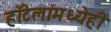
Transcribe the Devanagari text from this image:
हॉटेलांमध्येही